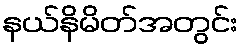
နယ်နိမိတ်အတွင်း